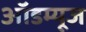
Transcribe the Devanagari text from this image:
ऑडम्यूज